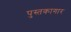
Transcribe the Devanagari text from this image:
पुस्तकागार